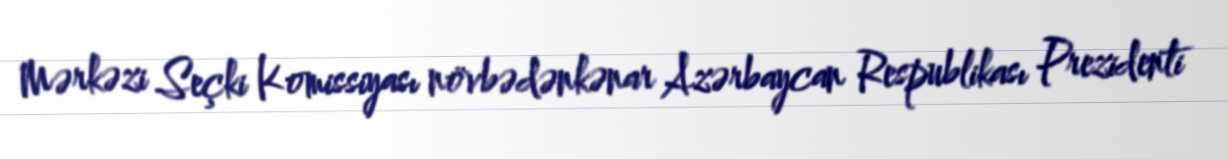
Mərkəzi Seçki Komissiyası növbədənkənar Azərbaycan Respublikası Prezidenti